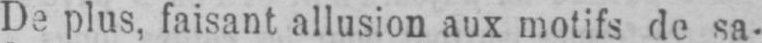
De plus, faisant allusion aux motifs de sa-